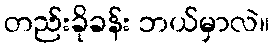
တည်းခိုခန်း ဘယ်မှာလဲ။